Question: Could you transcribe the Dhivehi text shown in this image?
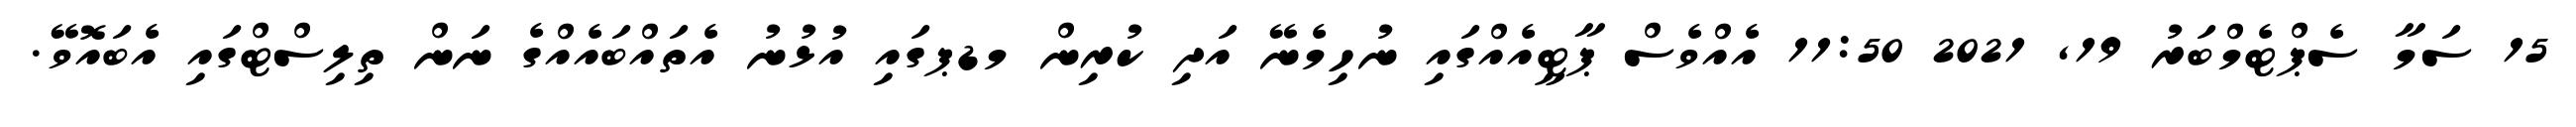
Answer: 15 ސަމާ ސެޕްޓެމްބަރު 19, 2021 11:50 އެއްވެސް ޕާޓީއެއްގައި ނުހިމެނޭ އަދި ކުރިން މޑޕގައި އުޅުނު އެތައްބައެއްގެ ނަން ތިލިސްޓްގައި އެބައޮވޭ.